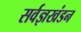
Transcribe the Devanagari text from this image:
सर्वज्ञखंडन